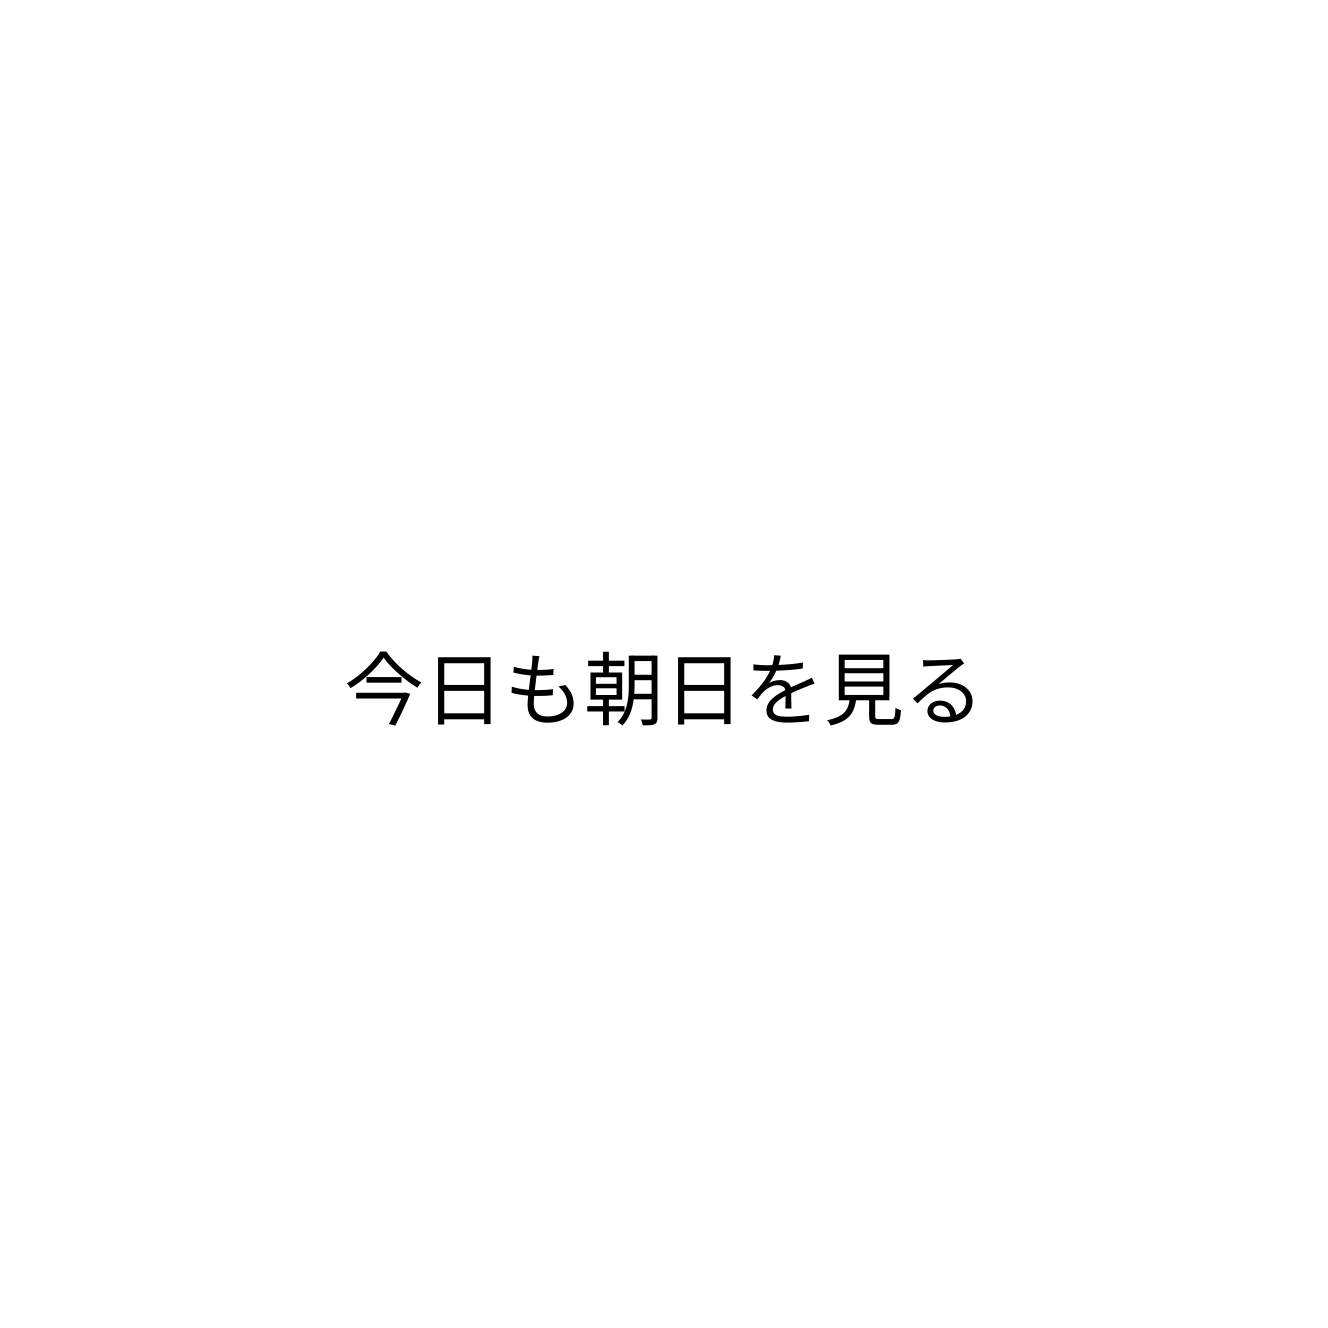
今日も朝日を見る